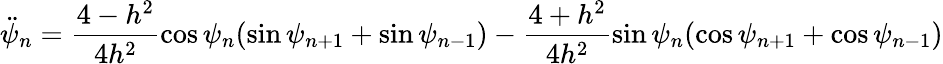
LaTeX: \ddot{\psi}_{n}=\frac{4-h^{2}}{4h^{2}}\cos\psi_{n}(\sin\psi_{n+1}+\sin\psi_{n-1})-\frac{4+h^{2}}{4h^{2}}\sin\psi_{n}(\cos\psi_{n+1}+\cos\psi_{n-1})